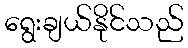
ရွေးချယ်နိုင်သည်